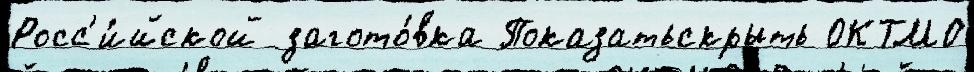
Росс'и́йской загото́вка Показатьскрыть ОКТМО